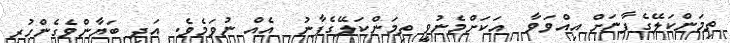
ތިމަންކަލޭގެފާނަށް އިއްވަވާ  އަކަށްމެނުވީ ތިމަންކަލޭގެފާނު  އެއް ނުވަމެވެ. އަދި ބަޔާންވެގެންހުރި